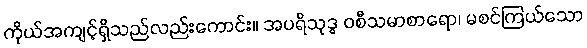
ကိုယ်အကျင့်ရှိသည်လည်းကောင်း။ အပရိသုဒ္ဓ ဝစီသမာစာရော၊ မစင်ကြယ်သော